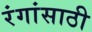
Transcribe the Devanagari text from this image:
रंगांसाठी